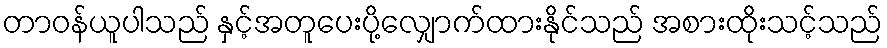
တာဝန်ယူပါသည် နှင့်အတူပေးပို့လျှောက်ထားနိုင်သည် အစားထိုးသင့်သည်